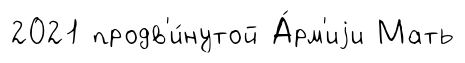
2021 продв'и́нутой А́рм'иjи Мать